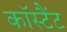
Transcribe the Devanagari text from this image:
कॉस्टैंट